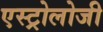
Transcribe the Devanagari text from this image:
एस्ट्रोलोजी